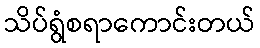
သိပ်ရွံစရာကောင်းတယ်